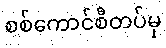
စစ်ကောင်စီတပ်မှ